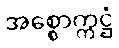
အစ္စောက္ကဋ္ဌံ